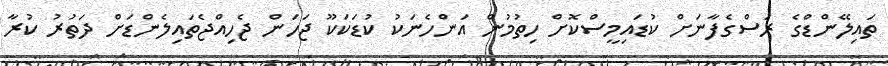
ތައިލޭންޑްގެ ރަސްގެފާނަށް ކުޑައިމީސްކޮށް ހިތުމުން އަންހެނަކު ކުޑަކަކޫ ޖަހަން ޖެހިއްޖެތައިލެންޑަށް ދަތުރު ކުރާ